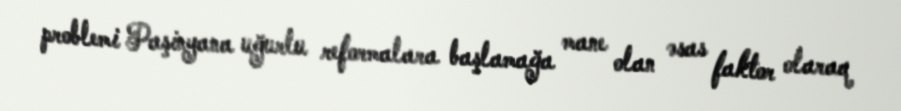
problemi Paşinyana uğurlu reformalara başlamağa mane olan əsas faktor olaraq